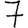
Digit: 7